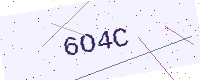
Text: 6O4C